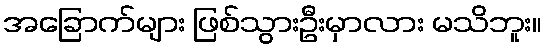
အခြောက်များ ဖြစ်သွားဦးမှာလား မသိဘူး။